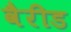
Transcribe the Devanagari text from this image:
वैरीड